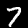
Label: 7